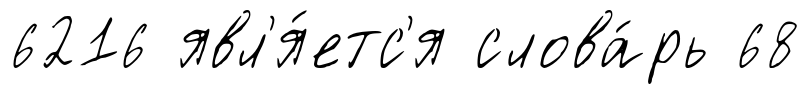
6216 явл'я́етс'я слова́рь 68